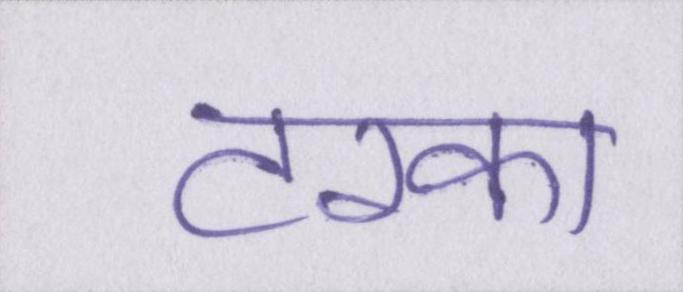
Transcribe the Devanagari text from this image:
टरका